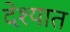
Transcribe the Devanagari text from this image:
देश्यात